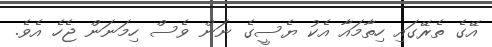
އޭގެ ތެރޭގައި ހިތާމައާ އެކު ޔެސީގެ ނަން ވެސް ހިމަނަން ޖެހެ އެވެ.